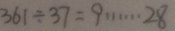
3 6 1 \div 3 7 = 9 \cdots 2 8